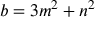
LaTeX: b = 3 m ^ { 2 } + n ^ { 2 }